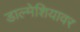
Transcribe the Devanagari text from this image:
डाल्मेशियावर